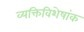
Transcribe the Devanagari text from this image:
व्यक्तिविशेषांक